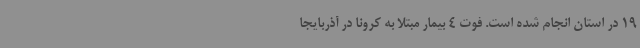
19 در استان انجام شده است. فوت 4 بیمار مبتلا به کرونا در آذربایجا